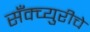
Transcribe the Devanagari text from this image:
सॅंक्च्युरीचे